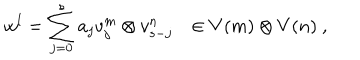
w ^ { l } = \sum _ { j = 0 } ^ { s } a _ { j } v _ { j } ^ { m } \otimes v _ { s - j } ^ { n } \in V ( m ) \otimes V ( n ) ~ ,